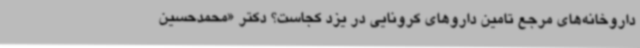
داروخانه‌های مرجع تامین داروهای کرونایی در یزد کجاست؟ دکتر «محمدحسین